65_HS1-834228961_62-HQ-83894_Section_8
Agency: FBI
Page 70
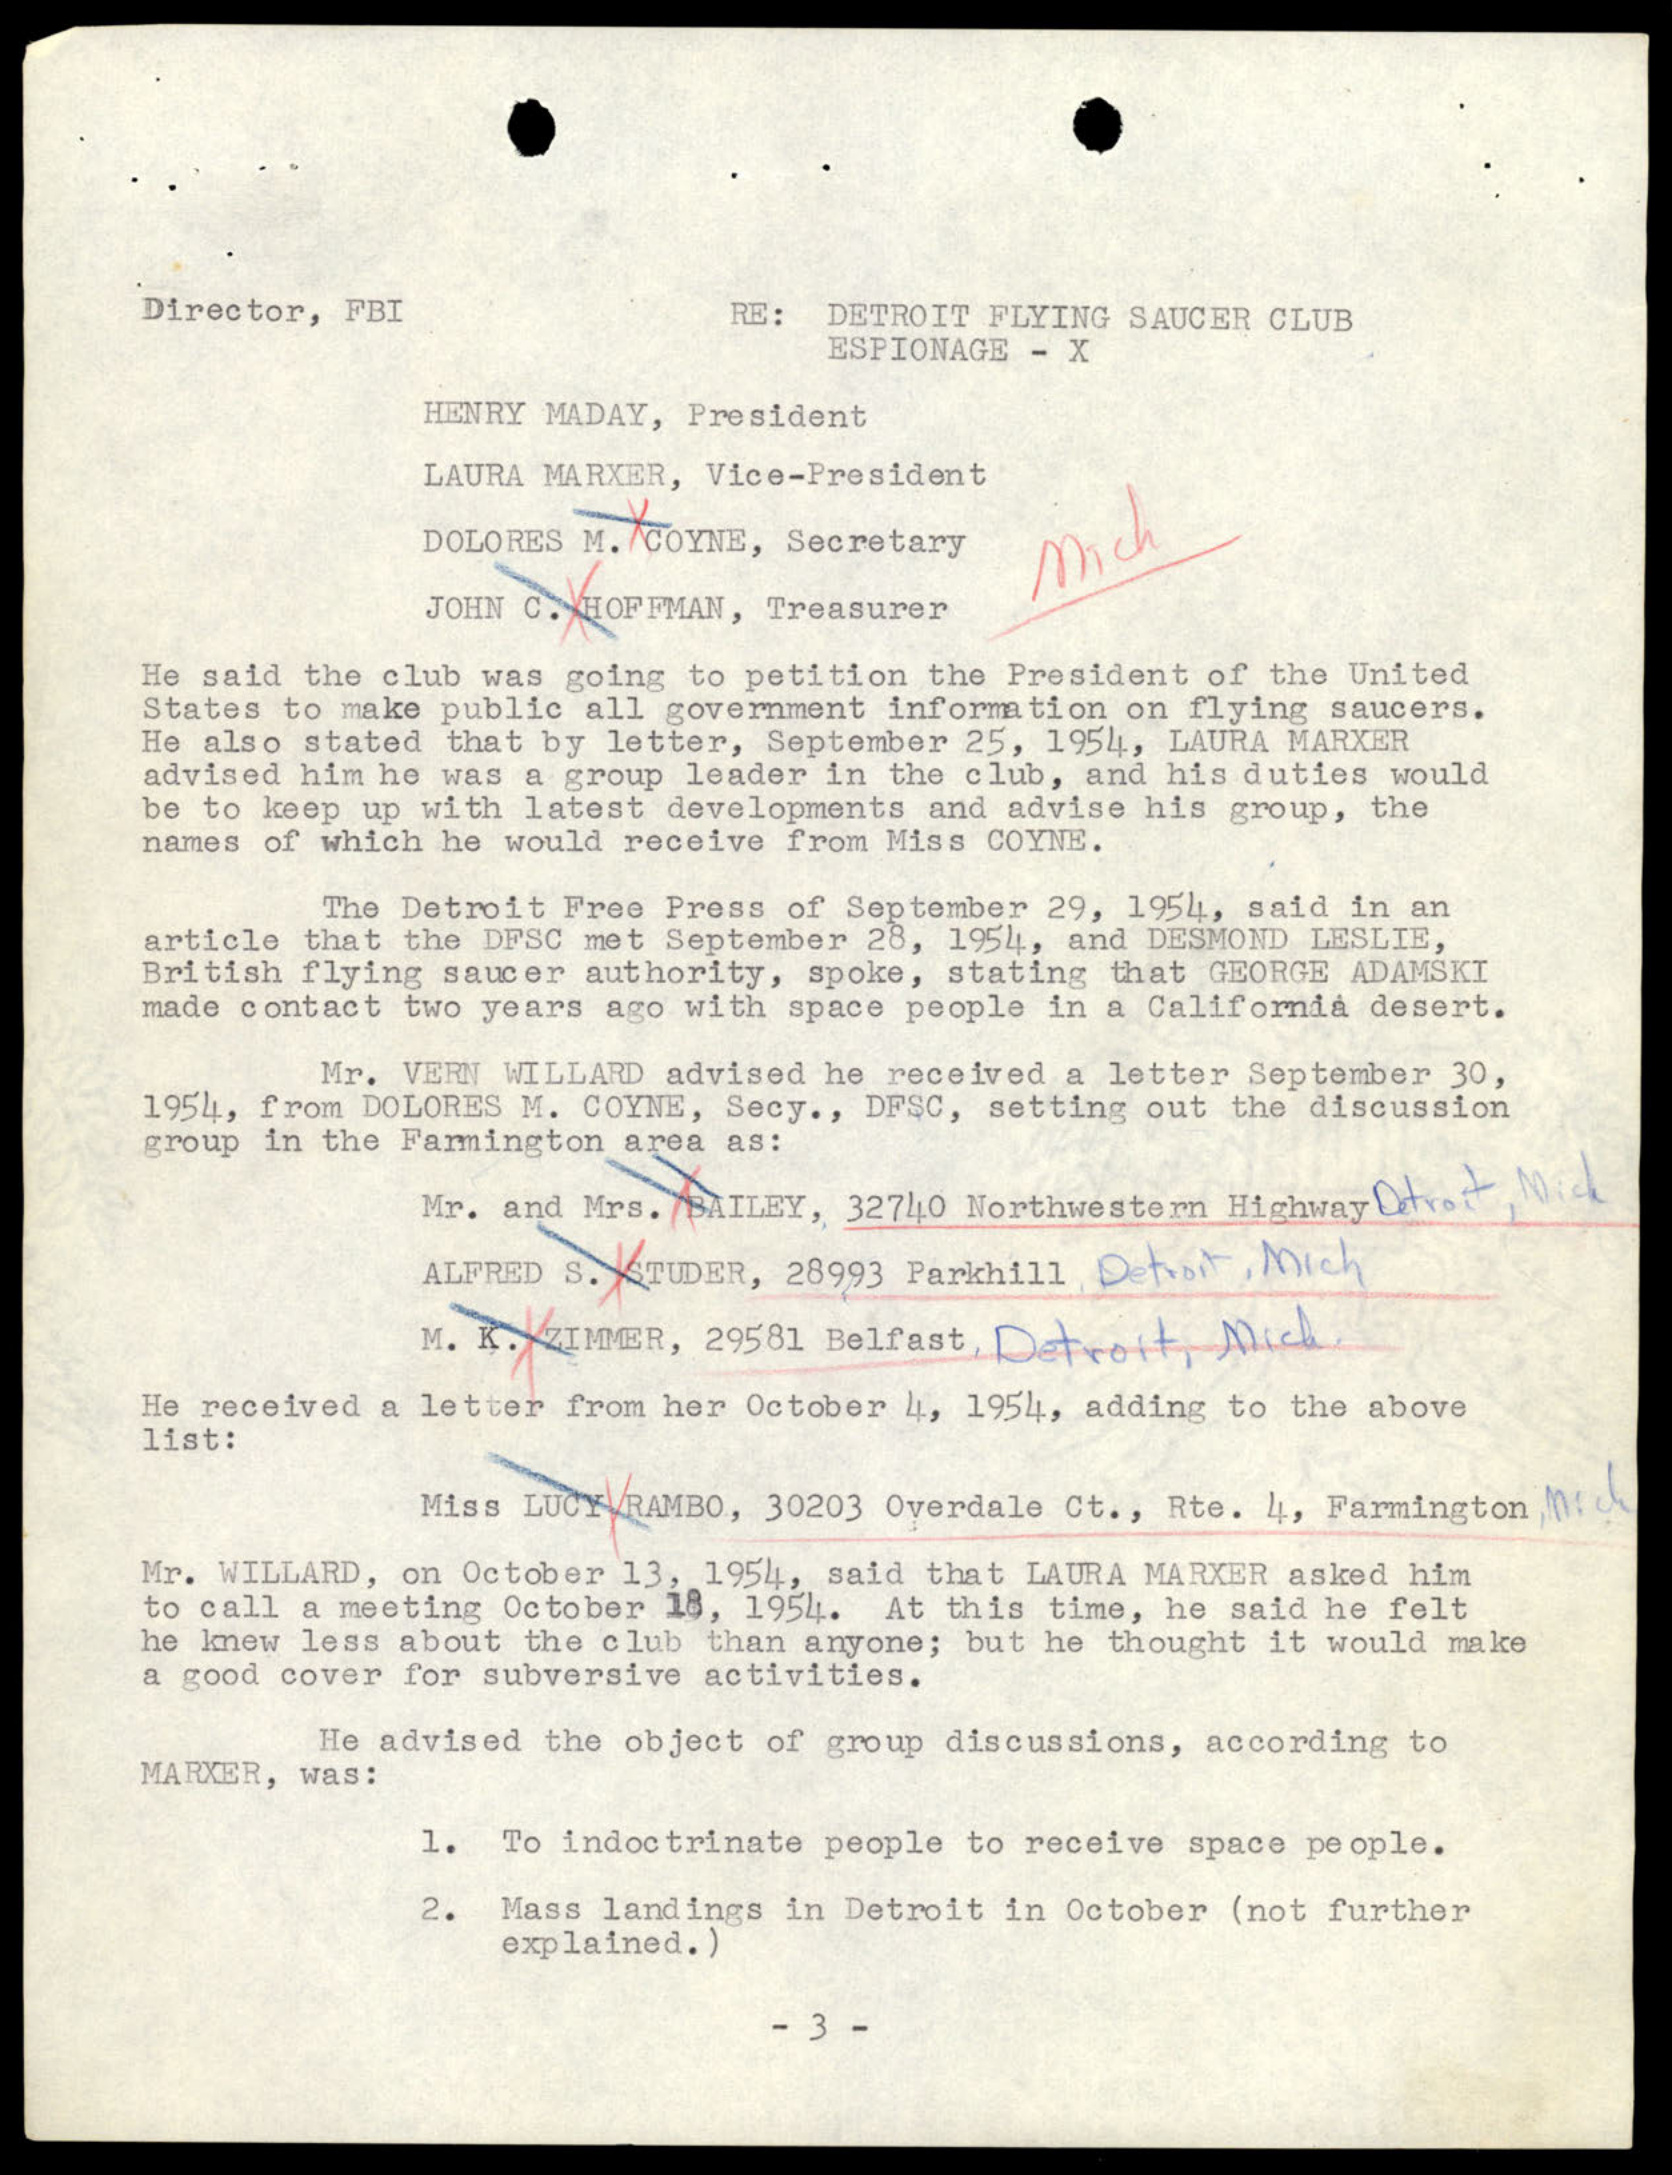